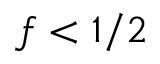
f < 1 / 2